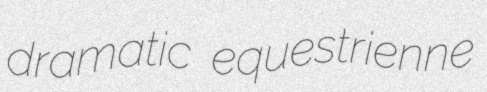
dramatic equestrienne